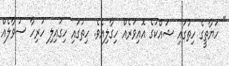
" ހަޔާތީގެ ހިތުގައި ޝައްކުގެ އޮއިވަރެއް ހިގާލިއެވެ. ހިތުގައި ހިގައިލި ހުރިހާ ސުވާލެއް